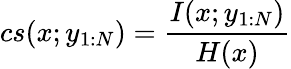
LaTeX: cs(x;y_{1:N})=\frac{I(x;y_{1:N})}{H(x)}